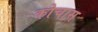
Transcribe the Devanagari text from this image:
कोचास